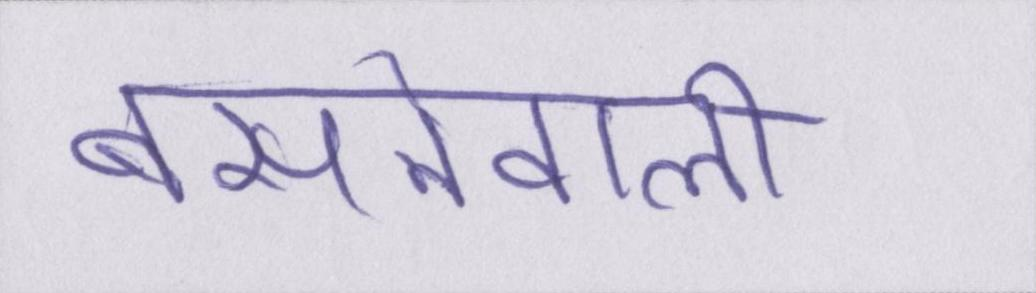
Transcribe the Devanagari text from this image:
बसनेवाली